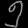
Digit: ၅